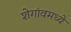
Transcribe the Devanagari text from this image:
शेगांवमध्ये